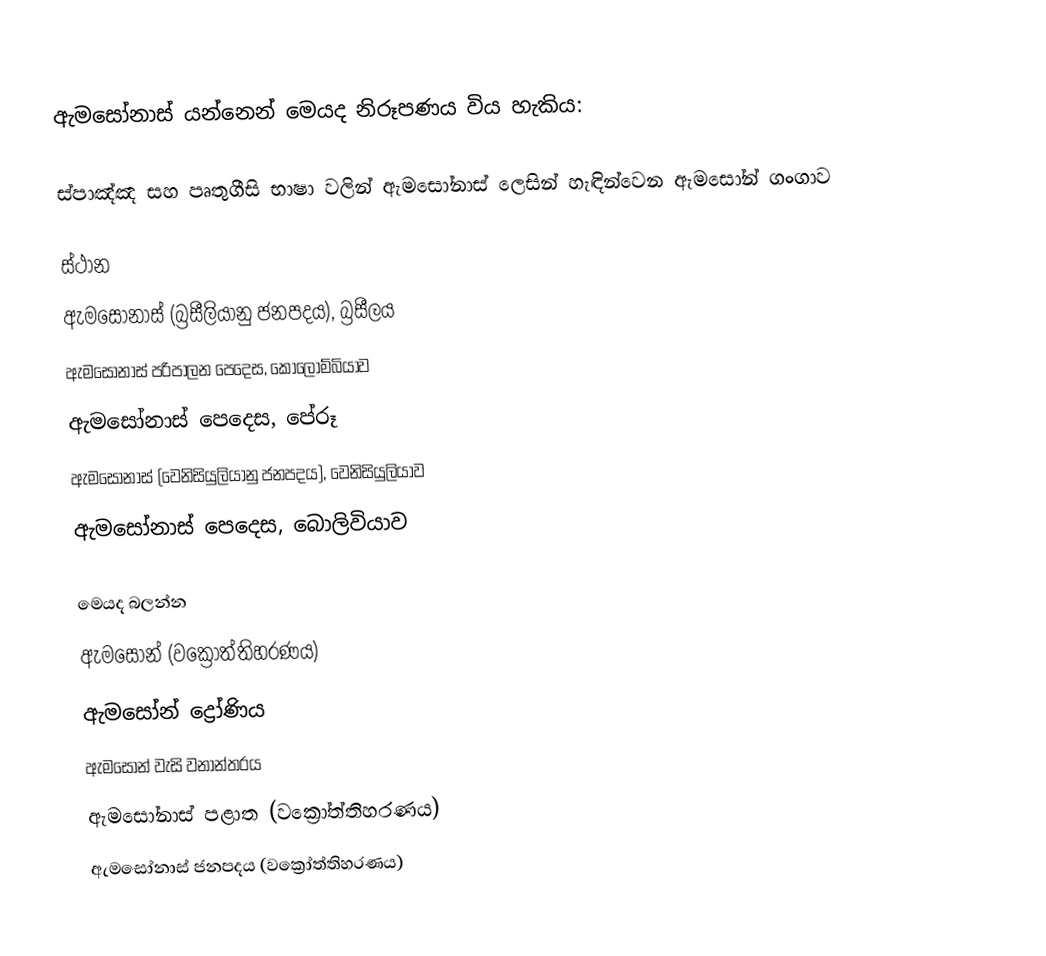
ඇමසෝනාස් යන්නෙන් මෙයද නිරූපණය විය හැකිය:

  ස්පාඤ්ඤ සහ පෘතුගීසි භාෂා වලින්   ඇමසෝනාස් ලෙසින් හැඳින්වෙන  ඇමසෝන් ගංගාව

ස්ථාන
ඇමසෝනාස් (බ්‍රසීලියානු ජනපදය), බ්‍රසීලය
ඇමසෝනාස් පරිපාලන පෙදෙස, කොලොම්බියාව
ඇමසෝනාස් පෙදෙස, පේරූ
ඇමසෝනාස් (වෙනිසියුලියානු ජනපදය), වෙනිසියුලියාව
ඇමසෝනාස් පෙදෙස, බොලිවියාව

මෙයද බලන්න
ඇමසෝන් (වක්‍රෝත්තිහරණය)
ඇමසෝන් ද්‍රෝණිය
ඇමසෝන් වැසි වනාන්තරය
ඇමසෝනාස් පළාත (වක්‍රෝත්තිහරණය)
ඇමසෝනාස් ජනපදය (වක්‍රෝත්තිහරණය)